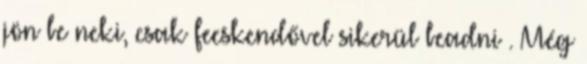
jön be neki, csak fecskendővel sikerül beadni . Még